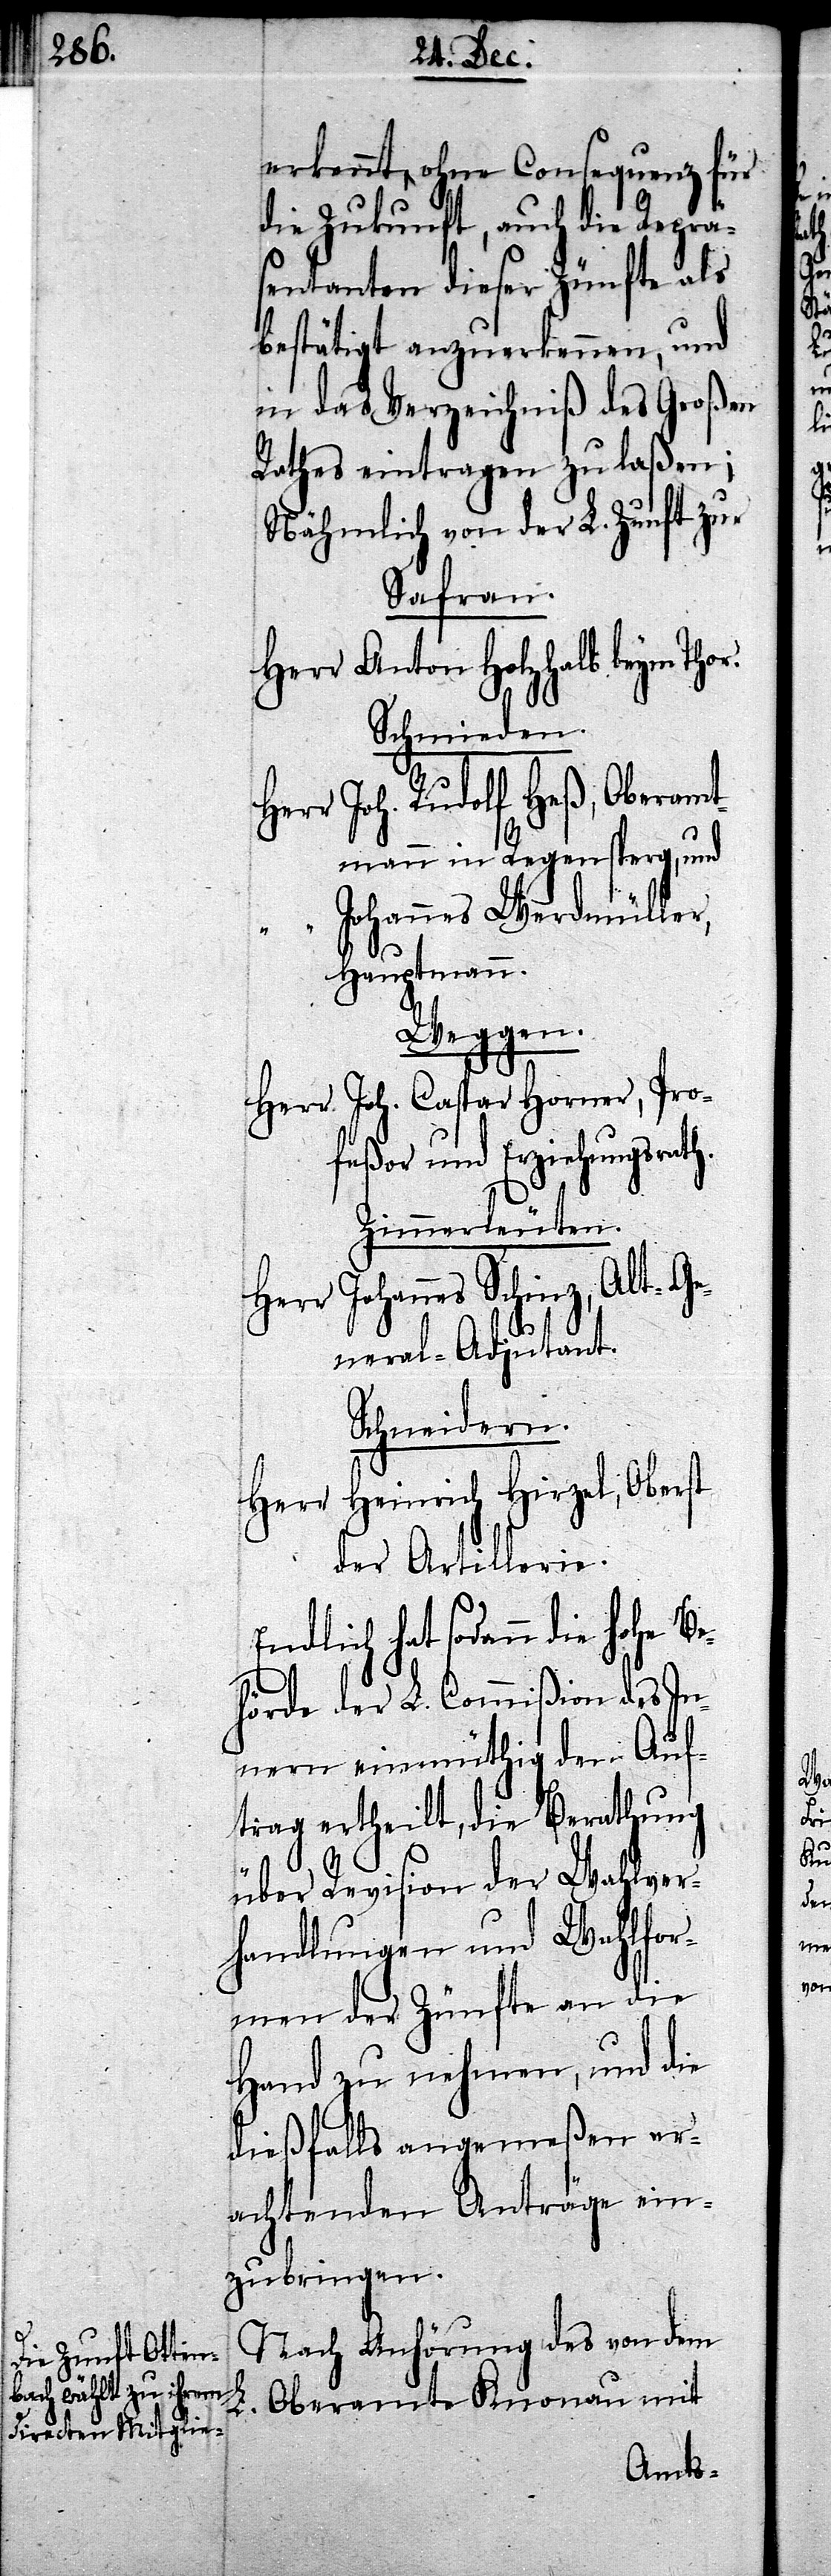
h.

erkannt, ohne Consequenz für
die Zukunft, auch die Reprä¬
sentanten dieser Zünfte als
bestätigt anzuerkennen, und
in das Verzeichniß des Großen
Rathes eintragen zu laßen;
Nähmlich von der L. Zunft zur
Safran.
Herr Anton Holzhalb beym
Schmieden.
r Joh. Rudolf Heß, Oberamt¬
mann in Regensperg, und
Johannes Werdmüller,
Hauptmann.
Weggen.
Herr Joh. Caspar Horner, Pro¬
feßor und Erziehungsrat¬
Zimmerleuten.
Johannes Schinz, Alt-Ge¬
Herr
neral-Adjutant.
Schneidern.
Herr Heinrich Hirzel, Oberst
der Artillerie.
Endlich hat sodann die hohe Be¬
hörde der L. Commißion des In¬
nern einmüthig den Auf¬
trag ertheilt, die Berathung
über Revision der Wahlver¬
handlungen und Wahlfor¬
men der Zünfte an die
Hand zu nehmen, und die
dießfalls angemeßen er¬
achtenden Anträge ein¬
zubringen.
Nach Anhörung des von dem
L. Oberamte Knonau mit